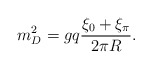
\begin{align*}m^2_D = g q {\xi_0 + \xi_\pi \over 2 \pi R} .\end{align*}